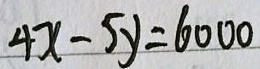
4 x - 5 y = 6 0 0 0